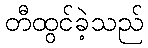
တီထွင်ခဲ့သည်